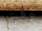
وقت